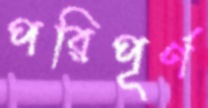
পরিপূর্ণ